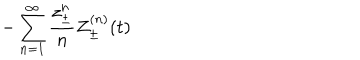
- \sum _ { n = 1 } ^ { \infty } \frac { z _ { \pm } ^ { n } } { n } Z _ { \pm } ^ { ( n ) } ( t )